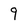
Character: 9